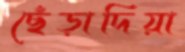
ছেঁড়াদিয়া